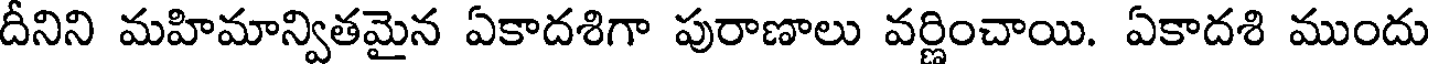
దీనిని మహిమాన్వితమైన ఏకాదశిగా పురాణాలు వర్ణించాయి. ఏకాదశి ముందు